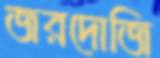
জরদোজি